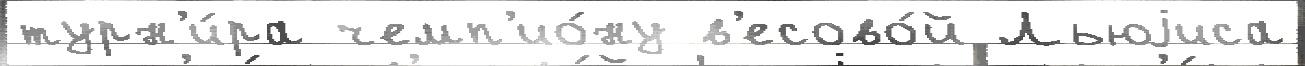
турн'и́ра чемп'ио́ну в'есово́й Льюjиса